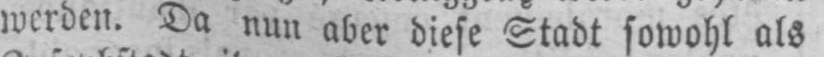
werden. Da nun aber diese Stadt sowohl als